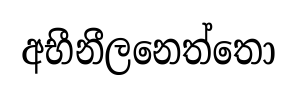
අභීනීලනෙත්තො